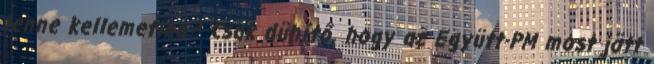
lenne kellemetlen? Csak dühítő, hogy az Együtt-PM most jött